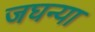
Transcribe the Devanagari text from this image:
जघन्या